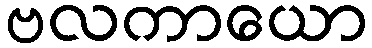
ဗလကာယော